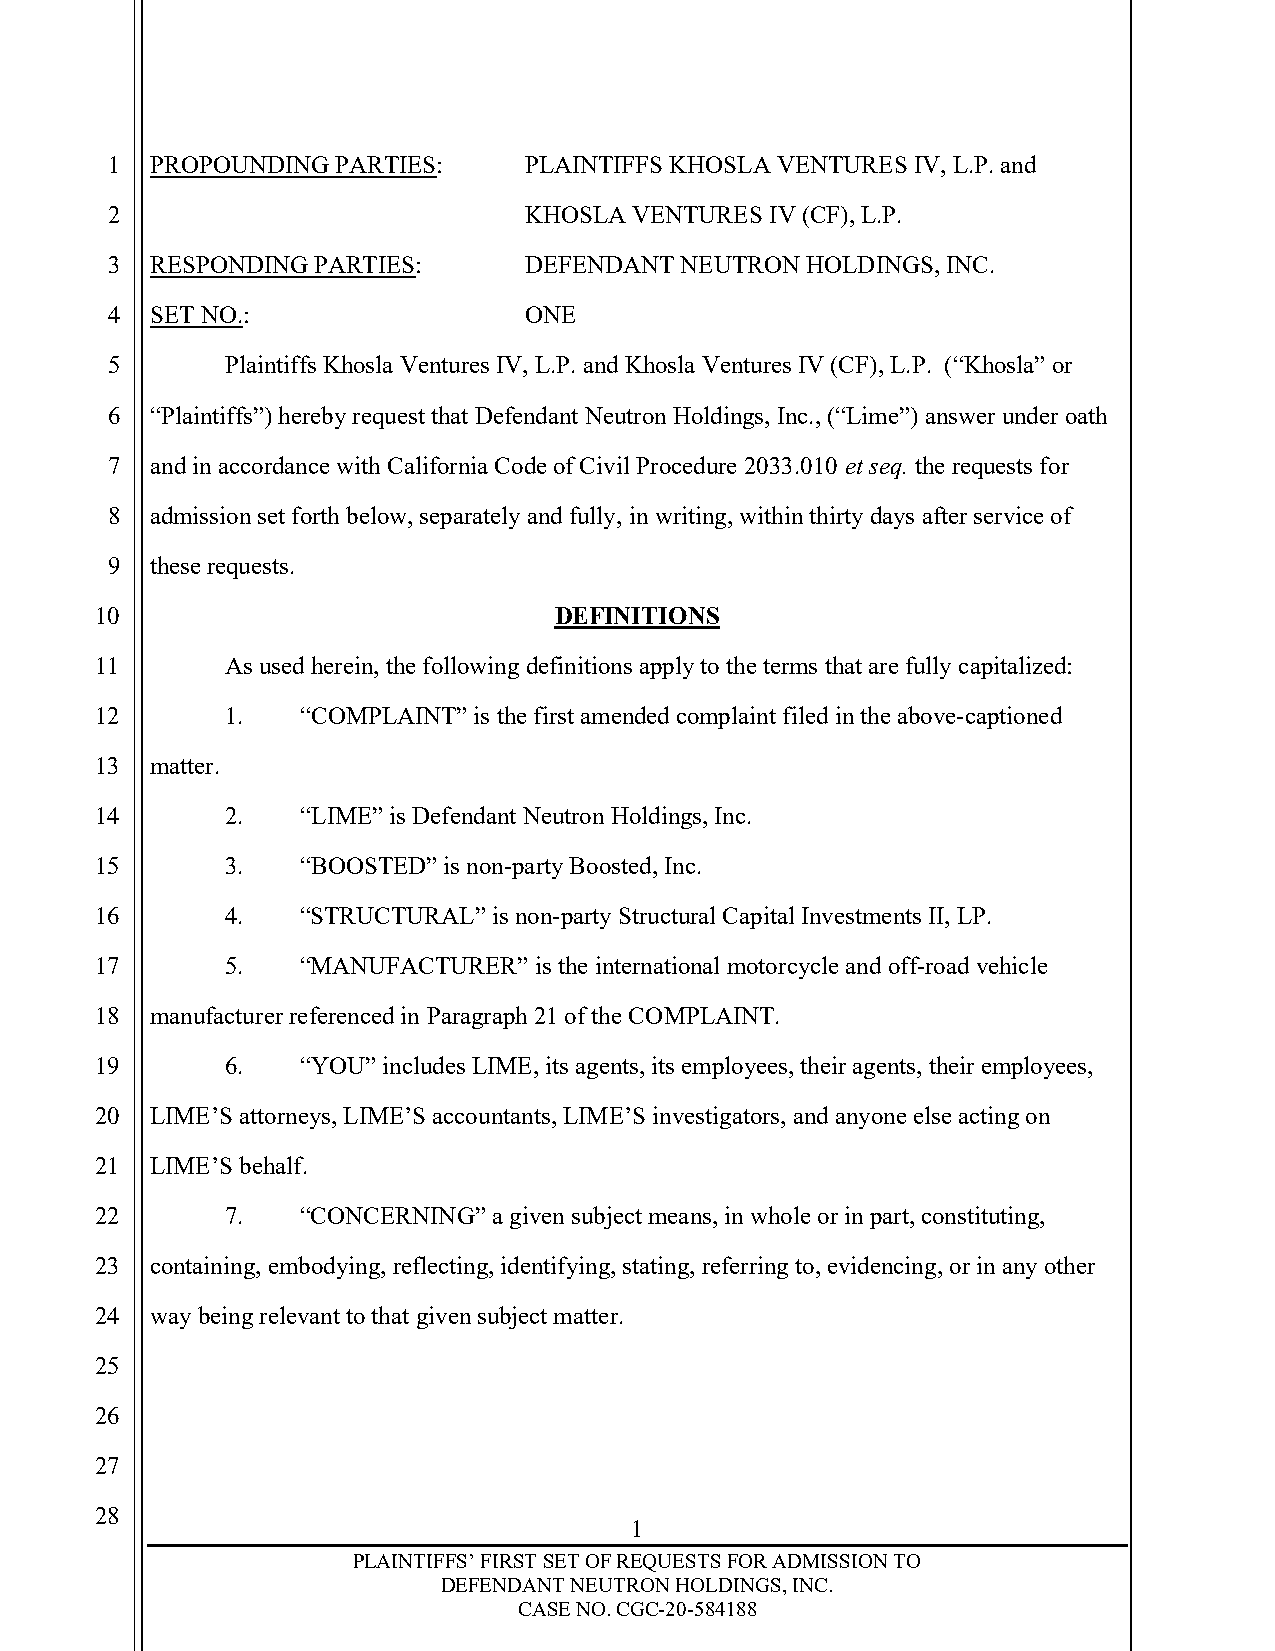
1  PROPOUNDING PARTIES:     PLAINTIFFS KHOSLA VENTURES IV, L.P. and
 2                           KHOSLA VENTURES IV (CF), L.P.
 3  RESPONDING PARTIES:      DEFENDANT NEUTRON HOLDINGS, INC.
 4  SET NO.:                 ONE
 5       Plaintiffs Khosla Ventures IV, L.P. and Khosla Ventures IV (CF), L.P. (“Khosla” or
 6  “Plaintiffs”) hereby request that Defendant Neutron Holdings, Inc., (“Lime”) answer under oath
 7  and in accordance with California Code of Civil Procedure 2033.010 et seq. the requests for
 8  admission set forth below, separately and fully, in writing, within thirty days after service of
 9  these requests.
 10                             DEFINITIONS
 11       As used herein, the following definitions apply to the terms that are fully capitalized:
 12       1.   “COMPLAINT” is the first amended complaint filed in the above-captioned
 13  matter.
 14       2.   “LIME” is Defendant Neutron Holdings, Inc.
 15       3.   “BOOSTED” is non-party Boosted, Inc.
 16       4.   “STRUCTURAL” is non-party Structural Capital Investments II, LP.
 17       5.   “MANUFACTURER” is the international motorcycle and off-road vehicle
 18  manufacturer referenced in Paragraph 21 of the COMPLAINT.
 19       6.   “YOU” includes LIME, its agents, its employees, their agents, their employees,
 20  LIME’S attorneys, LIME’S accountants, LIME’S investigators, and anyone else acting on
 21  LIME’S behalf.
 22       7.   “CONCERNING” a given subject means, in whole or in part, constituting,
 23  containing, embodying, reflecting, identifying, stating, referring to, evidencing, or in any other
 24  way being relevant to that given subject matter.
 25
 26
 27
 28
 1
 PLAINTIFFS’ FIRST SET OF REQUESTS FOR ADMISSION TO
 DEFENDANT NEUTRON HOLDINGS, INC.
 CASE NO. CGC-20-584188